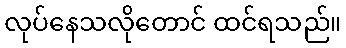
လုပ်နေသလိုတောင် ထင်ရသည်။